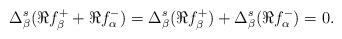
LaTeX: \begin{align*}\Delta_{\beta}^{s} ( \Re f_{\beta}^{+}+\Re f_{\alpha}^{-} )=\Delta_{\beta}^{s}(\Re f_{\beta}^{+})+ \Delta_{\beta}^{s}(\Re f_{\alpha}^{-})=0.\end{align*}